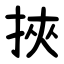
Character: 挾